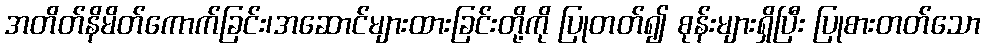
အတိတ်နိမိတ်ကောက်ခြင်း၊အဆောင်များထားခြင်းတို့ကို ပြုတတ်၍ စုန်းများရှိပြီး ပြုစားတတ်သော